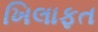
ખિલાફત